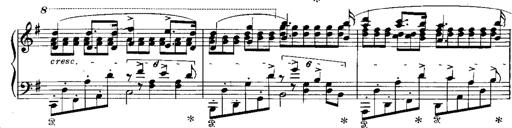
Title: RÃ©miniscences de Norma de Bellini
Composer: Franz Liszt